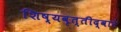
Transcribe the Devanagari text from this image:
शिष्यवृत्तीद्वारे